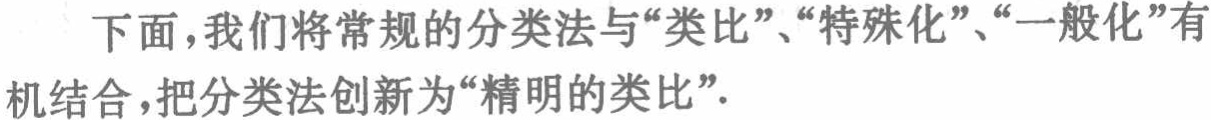
下面，我们将常规的分类法与“类比”、“特殊化”、“一般化”有机结合，把分类法创新为“精明的类比”．